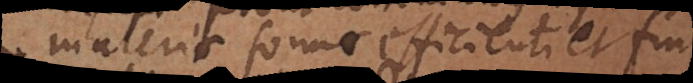
materiae, formae, efficienti et fini,